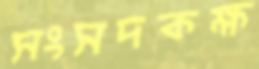
সংসদকক্ষ